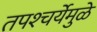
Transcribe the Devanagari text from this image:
तपश्‍चर्येमुळे